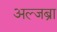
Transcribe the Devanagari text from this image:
अल्जब्रा